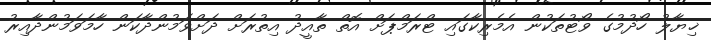
ޚިޔާލު ހޯދުމުގެ ވޯޓުތަކުން އެމެރިކާގައި ޓްރަމްޕަށް އޮތް ތާއީދު އިތުރަށް ދަށްވަމުންދާކަން ހާމަވަމުންދާއިރު